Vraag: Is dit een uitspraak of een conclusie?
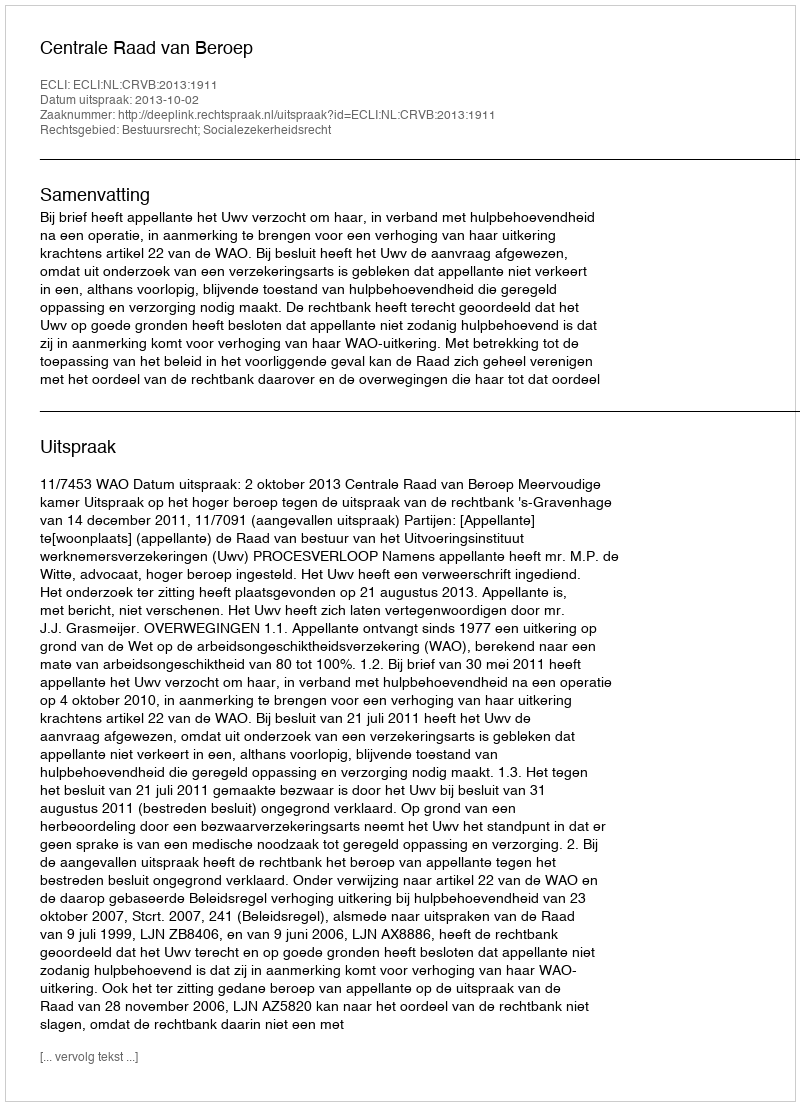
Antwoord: Uitspraak